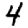
Digit: 4